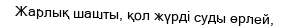
Жарлық шашты, қол жүрді суды өрлей,